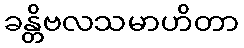
ခန္တိဗလသမာဟိတာ